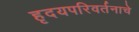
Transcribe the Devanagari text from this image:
हृदयपरिवर्तनाचे